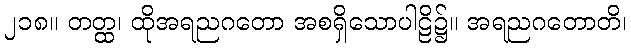
၂၁၈။ တတ္ထ၊ ထိုအရညဂတော အစရှိသောပါဠိ၌။ အရညဂတောတိ၊